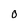
Character: 0